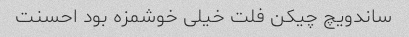
ساندویچ چیکن فلت خیلی خوشمزه بود احسنت